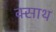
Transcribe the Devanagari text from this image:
क्साथ